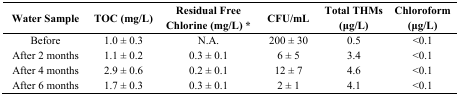
<table><thead><tr><td><b>Water Sample</b></td><td><b>TOC (mg/L)</b></td><td><b>Residual Free Chlorine (mg/L) *</b></td><td><b>CFU/mL</b></td><td><b>Total THMs (μg/L)</b></td><td><b>Chloroform (μg/L)</b></td></tr></thead><tbody><tr><td>Before</td><td>1.0 ± 0.3</td><td>N.A.</td><td>200 ± 30</td><td>0.5</td><td>&lt;0.1</td></tr><tr><td>After 2 months</td><td>1.1 ± 0.2</td><td>0.3 ± 0.1</td><td>6 ± 5</td><td>3.4</td><td>&lt;0.1</td></tr><tr><td>After 4 months</td><td>2.9 ± 0.6</td><td>0.2 ± 0.1</td><td>12 ± 7</td><td>4.6</td><td>&lt;0.1</td></tr><tr><td>After 6 months</td><td>1.7 ± 0.3</td><td>0.3 ± 0.1</td><td>2 ± 1</td><td>4.1</td><td>&lt;0.1</td></tr></tbody></table>